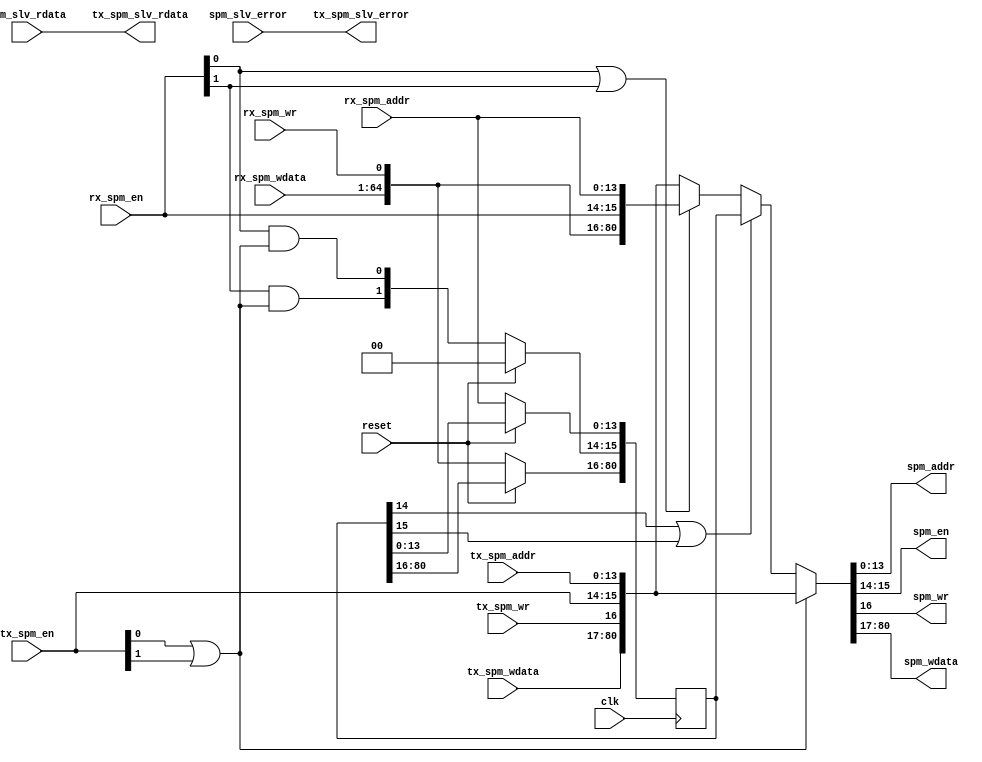
module spm_bus
  (input  clk,
   input  reset,
   input  [63:0] spm_slv_rdata,
   input  spm_slv_error,
   input  [13:0] tx_spm_addr,
   input  [1:0] tx_spm_en,
   input  tx_spm_wr,
   input  [63:0] tx_spm_wdata,
   input  [13:0] rx_spm_addr,
   input  [1:0] rx_spm_en,
   input  rx_spm_wr,
   input  [63:0] rx_spm_wdata,
   output [13:0] spm_addr,
   output [1:0] spm_en,
   output spm_wr,
   output [63:0] spm_wdata,
   output [63:0] tx_spm_slv_rdata,
   output tx_spm_slv_error);
  wire [64:0] n0_o;
  wire [13:0] n2_o;
  wire [1:0] n3_o;
  wire n4_o;
  wire [63:0] n5_o;
  wire [63:0] n7_o;
  wire n8_o;
  wire [80:0] n9_o;
  wire [80:0] n10_o;
  wire [80:0] rx_spm_buff;
  wire n13_o;
  wire n14_o;
  wire n15_o;
  wire n16_o;
  wire n17_o;
  wire n18_o;
  wire n19_o;
  wire n20_o;
  wire n21_o;
  wire [80:0] n22_o;
  wire [80:0] n23_o;
  wire [80:0] n24_o;
  wire n30_o;
  wire n31_o;
  wire n32_o;
  wire n33_o;
  wire n34_o;
  wire n35_o;
  wire n36_o;
  wire n37_o;
  wire n38_o;
  wire n39_o;
  wire n40_o;
  wire [13:0] n41_o;
  wire [63:0] n42_o;
  wire [80:0] n43_o;
  wire [13:0] n44_o;
  wire [13:0] n45_o;
  wire [13:0] n46_o;
  wire [1:0] n47_o;
  wire [1:0] n48_o;
  wire [64:0] n49_o;
  wire [64:0] n50_o;
  wire [64:0] n51_o;
  wire [80:0] n52_o;
  reg [80:0] n55_q;
  assign spm_addr = n2_o;
  assign spm_en = n3_o;
  assign spm_wr = n4_o;
  assign spm_wdata = n5_o;
  assign tx_spm_slv_rdata = n7_o;
  assign tx_spm_slv_error = n8_o;
  assign n0_o = {spm_slv_error, spm_slv_rdata};
  assign n2_o = n24_o[13:0];
  assign n3_o = n24_o[15:14];
  assign n4_o = n24_o[16];
  assign n5_o = n24_o[80:17];
  assign n7_o = n0_o[63:0];
  assign n8_o = n0_o[64];
  assign n9_o = {tx_spm_wdata, tx_spm_wr, tx_spm_en, tx_spm_addr};
  assign n10_o = {rx_spm_wdata, rx_spm_wr, rx_spm_en, rx_spm_addr};
  /* ni/spm_bus.vhd:58:16  */
  assign rx_spm_buff = n55_q; // (signal)
  /* ni/spm_bus.vhd:65:31  */
  assign n13_o = n9_o[14];
  /* ni/spm_bus.vhd:65:55  */
  assign n14_o = n9_o[15];
  /* ni/spm_bus.vhd:65:42  */
  assign n15_o = n13_o | n14_o;
  /* ni/spm_bus.vhd:68:44  */
  assign n16_o = rx_spm_buff[14];
  /* ni/spm_bus.vhd:68:73  */
  assign n17_o = rx_spm_buff[15];
  /* ni/spm_bus.vhd:68:55  */
  assign n18_o = n16_o | n17_o;
  /* ni/spm_bus.vhd:71:47  */
  assign n19_o = n10_o[14];
  /* ni/spm_bus.vhd:71:71  */
  assign n20_o = n10_o[15];
  /* ni/spm_bus.vhd:71:58  */
  assign n21_o = n19_o | n20_o;
  /* ni/spm_bus.vhd:71:33  */
  assign n22_o = n21_o ? n10_o : n9_o;
  /* ni/spm_bus.vhd:68:25  */
  assign n23_o = n18_o ? rx_spm_buff : n22_o;
  /* ni/spm_bus.vhd:65:17  */
  assign n24_o = n15_o ? n9_o : n23_o;
  /* ni/spm_bus.vhd:87:63  */
  assign n30_o = n10_o[14];
  /* ni/spm_bus.vhd:87:81  */
  assign n31_o = n9_o[14];
  /* ni/spm_bus.vhd:87:97  */
  assign n32_o = n9_o[15];
  /* ni/spm_bus.vhd:87:85  */
  assign n33_o = n31_o | n32_o;
  /* ni/spm_bus.vhd:87:67  */
  assign n34_o = n30_o & n33_o;
  /* ni/spm_bus.vhd:88:63  */
  assign n35_o = n10_o[15];
  /* ni/spm_bus.vhd:88:81  */
  assign n36_o = n9_o[14];
  /* ni/spm_bus.vhd:88:97  */
  assign n37_o = n9_o[15];
  /* ni/spm_bus.vhd:88:85  */
  assign n38_o = n36_o | n37_o;
  /* ni/spm_bus.vhd:88:67  */
  assign n39_o = n35_o & n38_o;
  /* ni/spm_bus.vhd:89:61  */
  assign n40_o = n10_o[16];
  /* ni/spm_bus.vhd:90:61  */
  assign n41_o = n10_o[13:0];
  /* ni/spm_bus.vhd:91:61  */
  assign n42_o = n10_o[80:17];
  assign n43_o = {n42_o, n40_o, n39_o, n34_o, n41_o};
  assign n44_o = n43_o[13:0];
  assign n45_o = rx_spm_buff[13:0];
  /* ni/spm_bus.vhd:84:25  */
  assign n46_o = reset ? n45_o : n44_o;
  assign n47_o = n43_o[15:14];
  /* ni/spm_bus.vhd:84:25  */
  assign n48_o = reset ? 2'b00 : n47_o;
  assign n49_o = n43_o[80:16];
  assign n50_o = rx_spm_buff[80:16];
  /* ni/spm_bus.vhd:84:25  */
  assign n51_o = reset ? n50_o : n49_o;
  assign n52_o = {n51_o, n48_o, n46_o};
  /* ni/spm_bus.vhd:83:17  */
  always @(posedge clk)
    n55_q <= n52_o;
endmodule